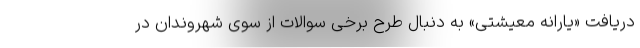
دریافت «یارانه معیشتی» به دنبال طرح برخی سوالات از سوی شهروندان در